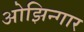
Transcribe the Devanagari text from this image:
ओझिन्गार